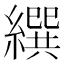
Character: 繏